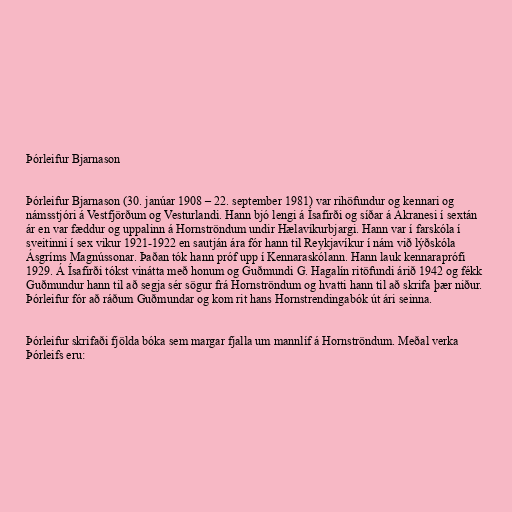
Þórleifur Bjarnason

Þórleifur Bjarnason (30. janúar 1908 – 22. september 1981) var rihöfundur og kennari og
námsstjóri á Vestfjörðum og Vesturlandi. Hann bjó lengi á Ísafirði og síðar á Akranesi í sextán
ár en var fæddur og uppalinn á Hornströndum undir Hælavíkurbjargi. Hann var í farskóla í
sveitinni í sex vikur 1921-1922 en sautján ára fór hann til Reykjavíkur í nám við lýðskóla
Ásgríms Magnússonar. Þaðan tók hann próf upp í Kennaraskólann. Hann lauk kennaraprófi
1929. Á Ísafirði tókst vinátta með honum og Guðmundi G. Hagalín ritöfundi árið 1942 og fékk
Guðmundur hann til að segja sér sögur frá Hornströndum og hvatti hann til að skrifa þær niður.
Þórleifur fór að ráðum Guðmundar og kom rit hans Hornstrendingabók út ári seinna.

Þórleifur skrifaði fjölda bóka sem margar fjalla um mannlíf á Hornströndum. Meðal verka
Þórleifs eru: